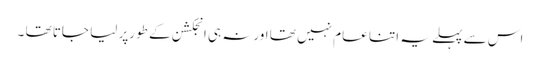
اس سے پہلے یہ اتنا عام نہیں تھا اورنہ ہی انجکشن کے طورپر لیا جاتا تھا ۔